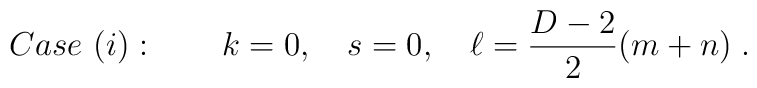
Case\ (i):\qquad  k=0, \quad s=0, \quad \ell =  \frac{D-2}{2}(m+n)\;.